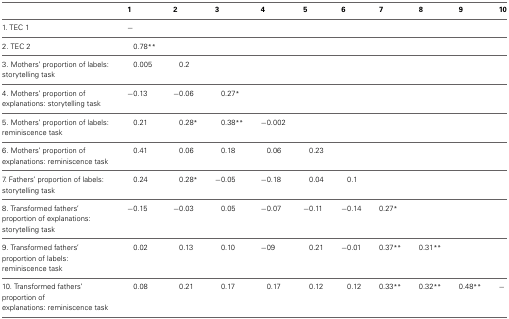
<table><thead><tr><td></td><td><b>1</b></td><td><b>2</b></td><td><b>3</b></td><td><b>4</b></td><td><b>5</b></td><td><b>6</b></td><td><b>7</b></td><td><b>8</b></td><td><b>9</b></td><td><b>10</b></td></tr></thead><tbody><tr><td>1. TEC 1</td><td>−</td><td></td><td></td><td></td><td></td><td></td><td></td><td></td><td></td><td></td></tr><tr><td>2. TEC 2</td><td>0.78<sup>**</sup></td><td></td><td></td><td></td><td></td><td></td><td></td><td></td><td></td><td></td></tr><tr><td>3. Mothers&#x27; proportion of labels: storytelling task</td><td>0.005</td><td>0.2</td><td></td><td></td><td></td><td></td><td></td><td></td><td></td><td></td></tr><tr><td>4. Mothers&#x27; proportion of explanations: storytelling task</td><td>−0.13</td><td>−0.06</td><td>0.27<sup>*</sup></td><td></td><td></td><td></td><td></td><td></td><td></td><td></td></tr><tr><td>5. Mothers&#x27; proportion of labels: reminiscence task</td><td>0.21</td><td>0.28<sup>*</sup></td><td>0.38<sup>**</sup></td><td>−0.002</td><td></td><td></td><td></td><td></td><td></td><td></td></tr><tr><td>6. Mothers&#x27; proportion of explanations: reminiscence task</td><td>0.41</td><td>0.06</td><td>0.18</td><td>0.06</td><td>0.23</td><td></td><td></td><td></td><td></td><td></td></tr><tr><td>7. Fathers&#x27; proportion of labels: storytelling task</td><td>0.24</td><td>0.28*</td><td>−0.05</td><td>−0.18</td><td>0.04</td><td>0.1</td><td></td><td></td><td></td><td></td></tr><tr><td>8. Transformed fathers&#x27; proportion of explanations: storytelling task</td><td>−0.15</td><td>−0.03</td><td>0.05</td><td>−0.07</td><td>−0.11</td><td>−0.14</td><td>0.27<sup>*</sup></td><td></td><td></td><td></td></tr><tr><td>9. Transformed fathers&#x27; proportion of labels: reminiscence task</td><td>0.02</td><td>0.13</td><td>0.10</td><td>−09</td><td>0.21</td><td>−0.01</td><td>0.37<sup>**</sup></td><td>0.31<sup>**</sup></td><td></td><td></td></tr><tr><td>10. Transformed fathers&#x27; proportion of explanations: reminiscence task</td><td>0.08</td><td>0.21</td><td>0.17</td><td>0.17</td><td>0.12</td><td>0.12</td><td>0.33<sup>**</sup></td><td>0.32<sup>**</sup></td><td>0.48<sup>**</sup></td><td>−</td></tr></tbody></table>